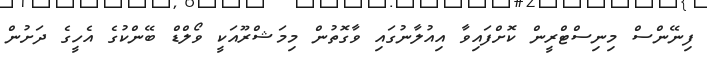
ފިނޭންސް މިނިސްޓްރީން ކޮށްފައިވާ އިއުލާނުގައި ވާގޮތުން މިމަޝްރޫއަކީ ވޯލްޑް ބޭންކުގެ އެހީގެ ދަށުން